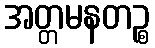
အတ္တမနတဉ္စ